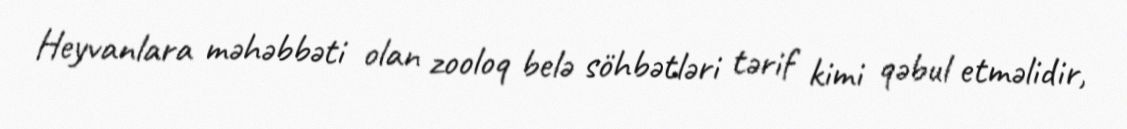
Heyvanlara məhəbbəti olan zooloq belə söhbətləri tərif kimi qəbul etməlidir,